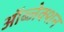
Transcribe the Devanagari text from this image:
ऑब्जेक्शन